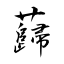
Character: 蘬